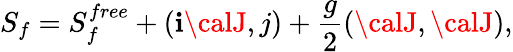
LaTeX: S_{f}=S_{f}^{free}+(\mathbf{i}{\calJ},j)+{\frac{{g}}{{2}}}({\calJ},{\calJ}),